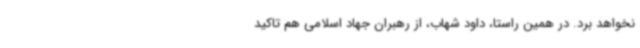
نخواهد برد. در همین راستا، داود شهاب، از رهبران جهاد اسلامی هم تاکید